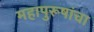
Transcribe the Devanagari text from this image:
महापुरूषांचा